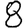
Digit: 8